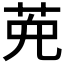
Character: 𦲩